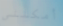
أمكننى